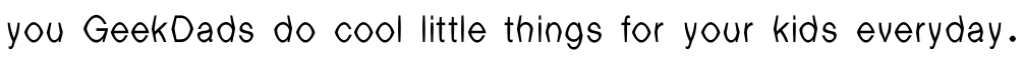
you GeekDads do cool little things for your kids everyday.